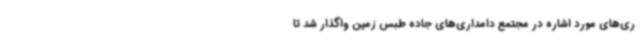
ری‌های مورد اشاره در مجتمع دامداری‌های جاده طبس زمین واگذار شد تا